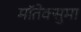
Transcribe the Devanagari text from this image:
मॉतेक्सुमा